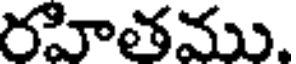
రహితము.